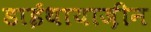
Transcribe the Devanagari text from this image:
डाईथायाज़ीन